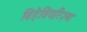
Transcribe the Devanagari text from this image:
बिहेवियरिज़्म